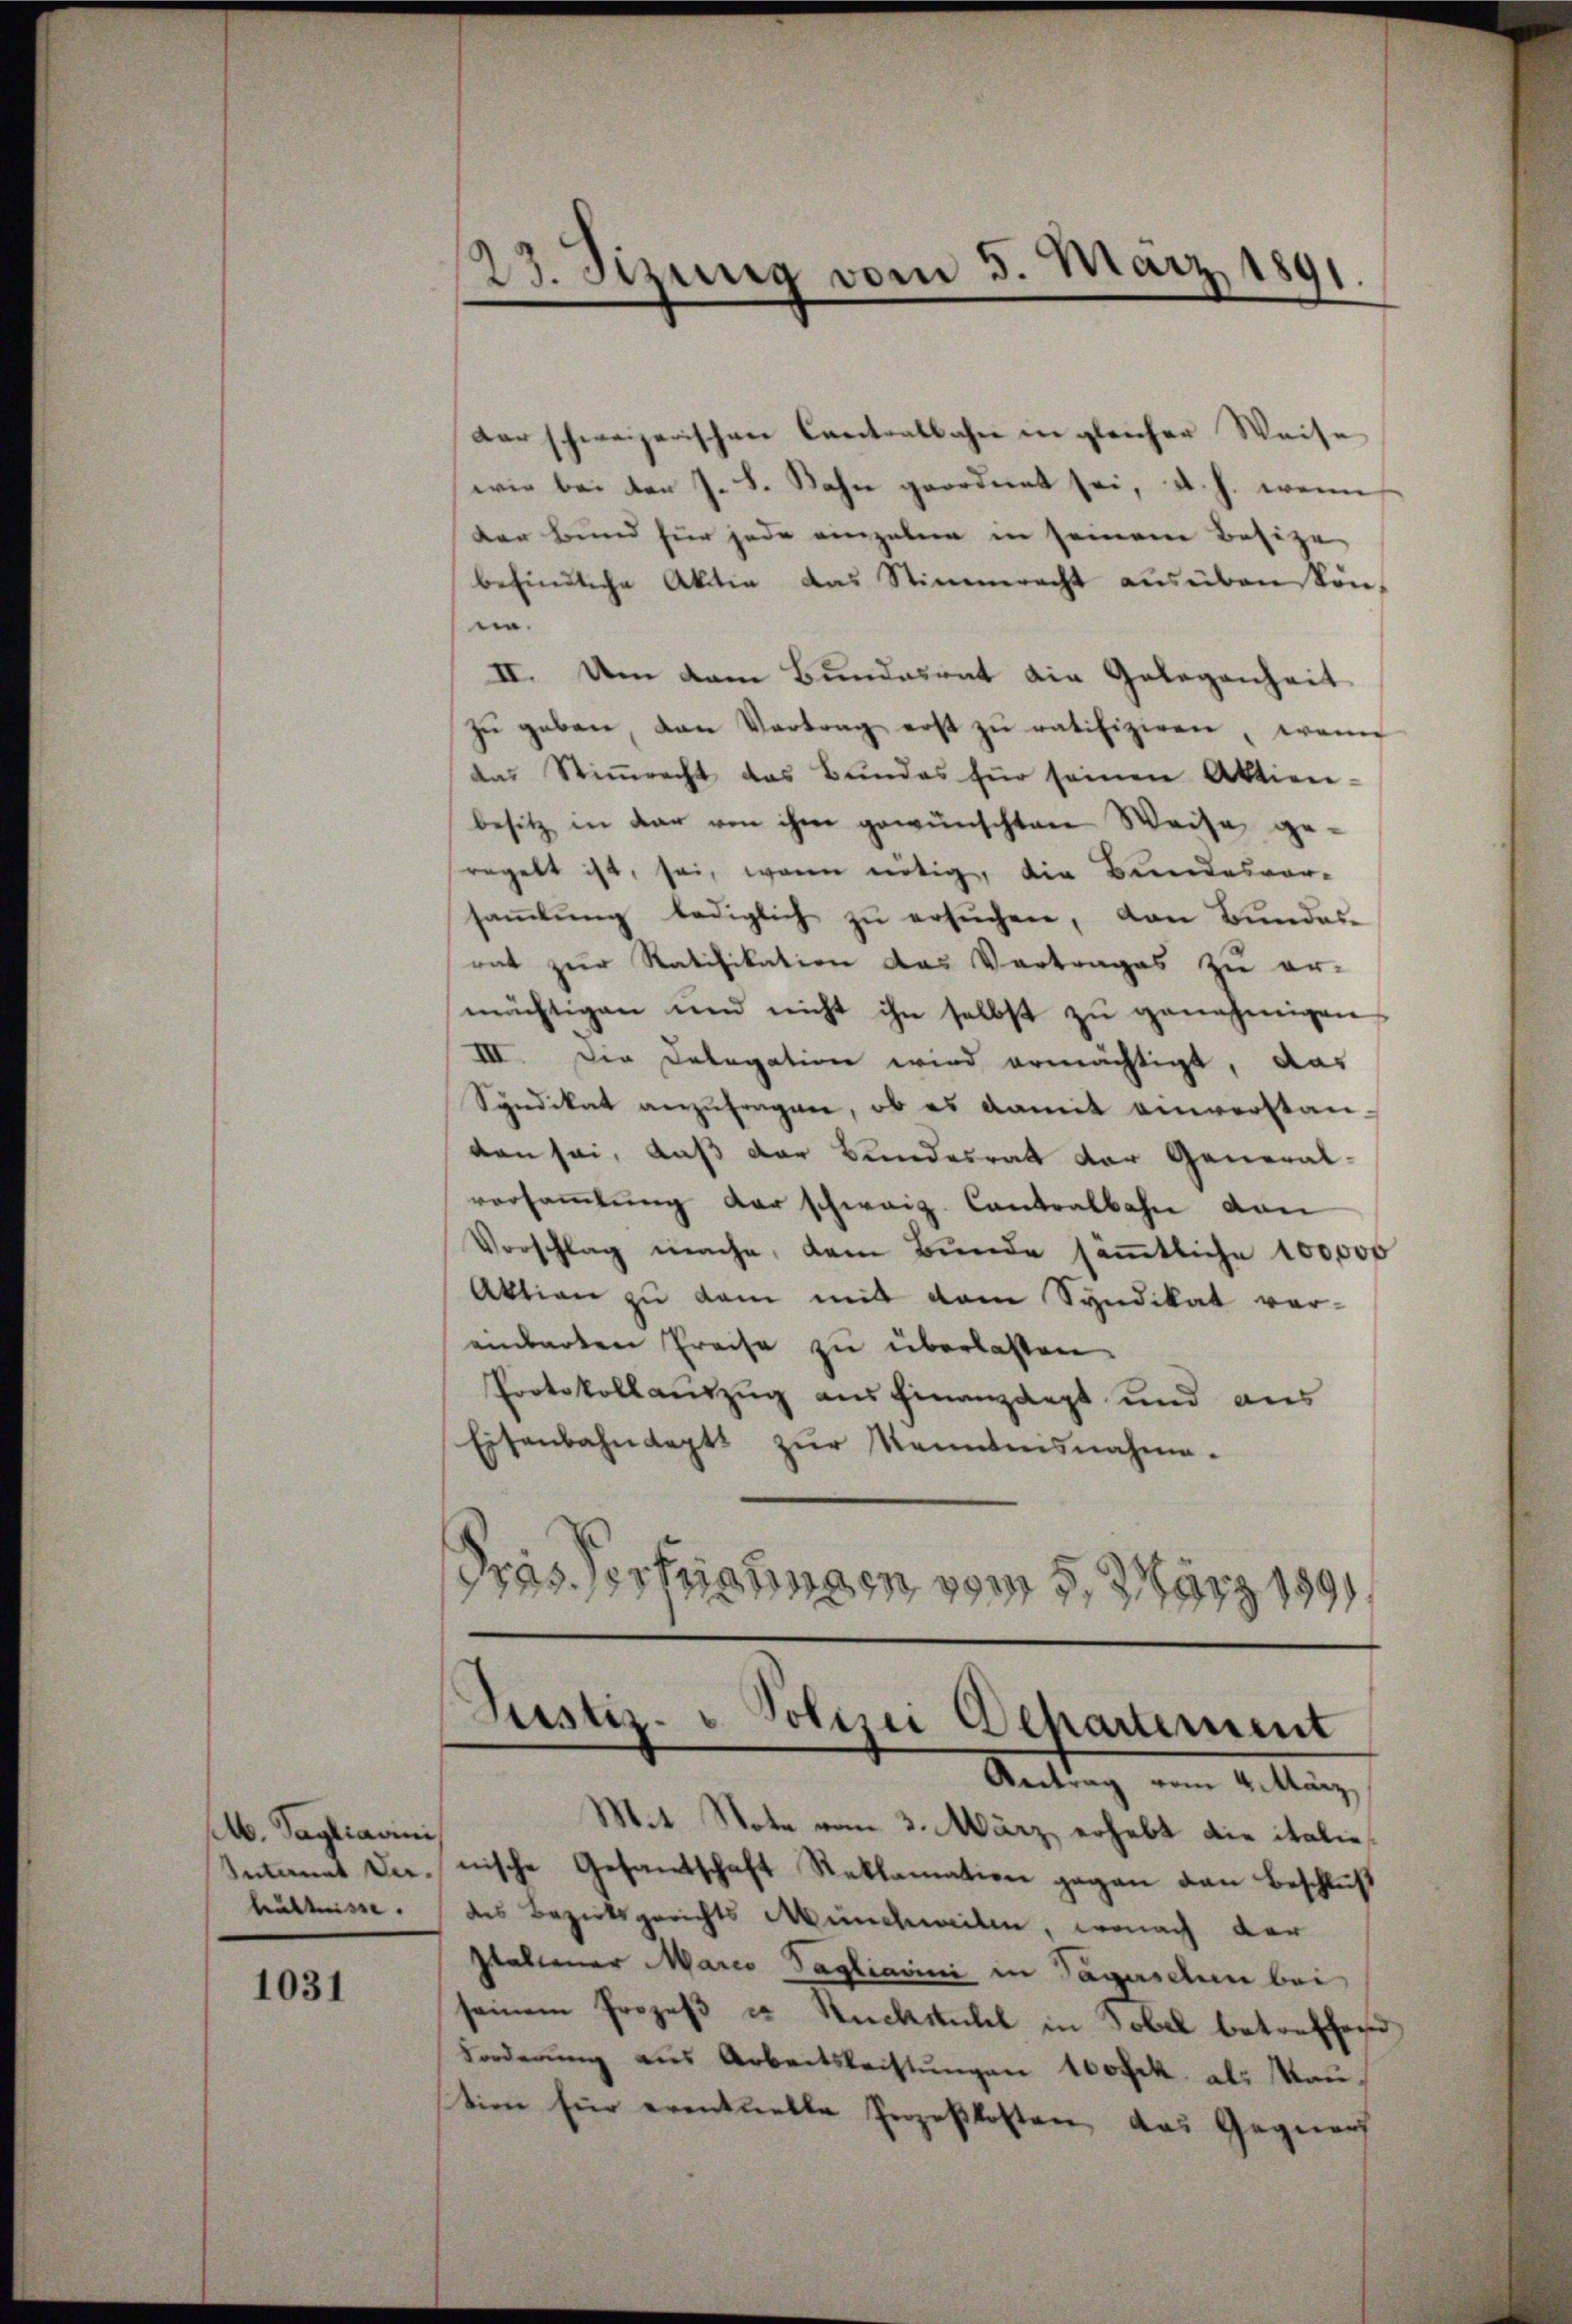
Mb. Tagliavini
Intermit Ver-
hältnisse.

1031

Vorschweizerischen Cantralbahn in gleicher Weise
wie bei den J. L. Sahn geordnet sei, d. h. wenn
der Bund für jede einzelnen in seinem Besitze
befindliche Aktie das Stimmrecht aŭsüben kön-
und
II. Um dem Bundesrat die Gelegenheit
zŭ geben, van Vertrag erst zŭ ratifiziren, wenn
das Stiṁrecht das Bundes für seinen Aktien-
besitz in dar von ihm gewünschten Weise ge-
regelt ist, sei, wenn nötig, die Bundesvor-
saṁlŭng lediglich zŭ ersŭchen, von Bundes-
rat zur Ratifikation das Vortrages zu er-
mächtigen und nicht ihn selbst zŭ genehmigen
III. Der Delegation wird ermächtigt, das
Syndikat anzufragen, ob es damit anwerstan
den sei, daß der Bundesrat der General-
versammlung der schweiz. Contralbahn von
Vorschlag mache, dem Bunde säṁtliche 100,000
Aktion zu dem mit dem Syndikat ver-
einbarten Preise zu überlassen
Protokollauszug aus hinanzaigt und aus
Eisenbahndapts zŭr Kenntnisnahme.
Pras Technungen vom 5. März 1891

23. Sizung vom 5. März 1891.

Justiz- & Polizei Departement
Antrag vom 4. März

Mit Note vom 3. März, erhebt die italienische Gesandschaft Reklamation gegen den Beschlŭβ
des Bezirksgerichts Münchweilen, wonach der
Italiener Marco Tagliarini in Tageschen bei
seinem Prozeß in Rücksichel in Tobel betreffen
Forderŭng aŭs Arbeitsleistŭngen 100 Frk. als Man,
tion hier eventuelle Prozeßkosten, das Gegners